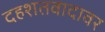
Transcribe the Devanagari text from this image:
दहशतवादावर